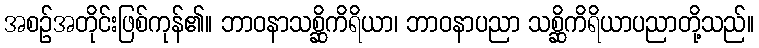
အစဉ်အတိုင်းဖြစ်ကုန်၏။ ဘာဝနာသစ္ဆိကိရိယာ၊ ဘာဝနာပညာ သစ္ဆိကိရိယာပညာတို့သည်။